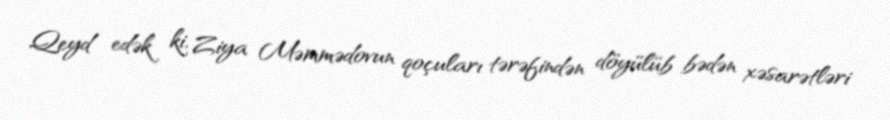
Qeyd edək ki, Ziya Məmmədovun qoçuları tərəfindən döyülüb bədən xəsarətləri